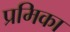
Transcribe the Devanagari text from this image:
प्रमिका